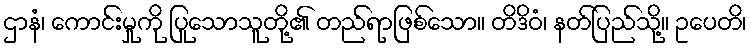
ဌာနံ၊ ကောင်းမှုကို ပြုသောသူတို့၏ တည်ရာဖြစ်သော။ တိဒိဝံ၊ နတ်ပြည်သို့။ ဥပေတိ၊